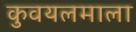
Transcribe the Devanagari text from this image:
कुवयलमाला